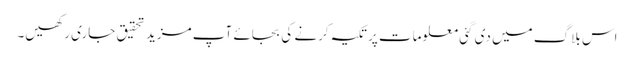
اس بلاگ میں دی گئی معلومات پر تکیہ کرنے کی بجائے آپ مزید تحقیق جاری رکھیں۔